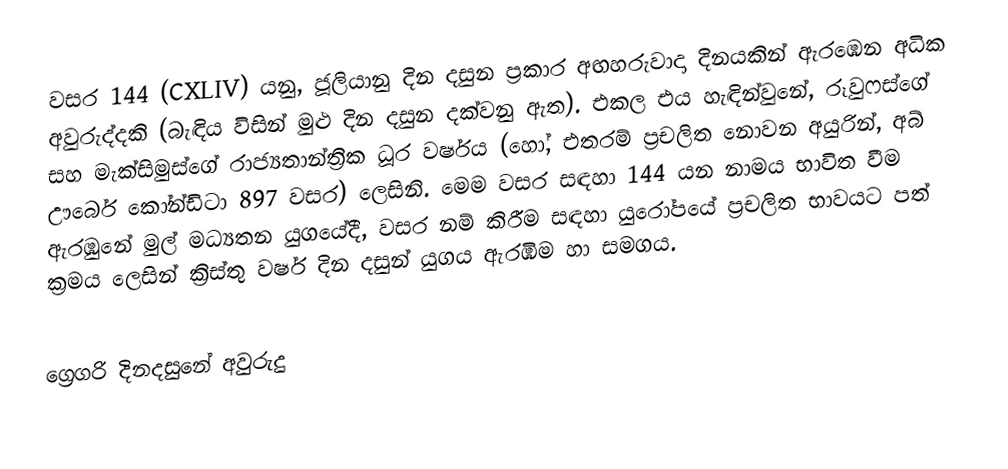

වසර 144 (CXLIV) යනු,  ජූලියානු දින දසුන ප්‍රකාර   අඟහරුවාදා දිනයකින් ඇරඹෙන අධික අවුරුද්දකි  (බැඳිය විසින් මුළු දින දසුන දක්වනු ඇත). එකල එය හැඳින්වුනේ, රූවුෆස්ගේ සහ මැක්සිමුස්ගේ රාජ්‍යතාන්ත්‍රික  ධූර වර්ෂය (හෝ, එතරම් ප්‍රචලිත නොවන අයුරින්,  අබ් ඌර්බෙ කෝන්ඩිටා  897 වසර) ලෙසිනි.  මෙම වසර සඳහා 144 යන නාමය භාවිත වීම ඇරඹුනේ මුල් මධ්‍යතන යුගයේදී, වසර නම් කිරීම සඳහා යුරෝපයේ ප්‍රචලිත භාවයට පත් ක්‍රමය ලෙසින් ක්‍රිස්තු වර්ෂ දින දසුන් යුගය ඇරඹීම හා සමගය.

ග්‍රෙගරි දිනදසුනේ අවුරුදු